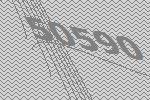
50590